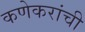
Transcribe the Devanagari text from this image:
कणेकरांची